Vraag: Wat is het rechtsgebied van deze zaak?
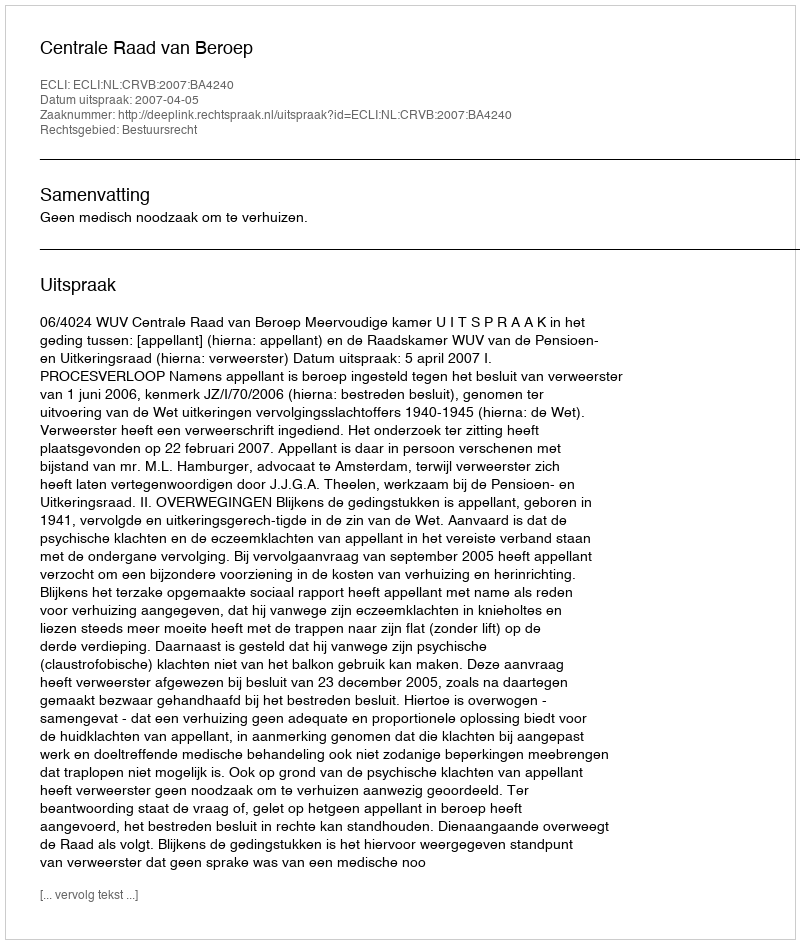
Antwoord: Bestuursrecht